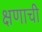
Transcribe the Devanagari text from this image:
क्षणाची